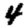
Digit: 4